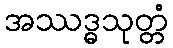
အဿဒ္ဓသုတ္တံ